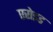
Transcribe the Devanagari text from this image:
एरोइड